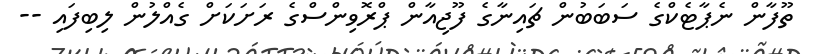
ތޫފާން ނެޕާޓެކްގެ ސަބަބުން ޗައިނާގެ ފޫޖިއާން ޕްރޮވިންސްގެ ރަށަކަށް ގެއްލުން ލިބިފައި --